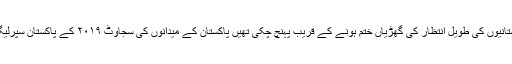
اسکے بعد بات نے اور آگے بڑھنا تھا پاکستانیوں کی طویل انتظار کی گھڑیاں ختم ہونے کے قریب پہنچ چکی تھیں پاکستان کے میدانوں کی سجاوٹ ۲۰۱۹ کے پاکستان سپرلیگ کیلئے بھرپور طور پر سجنے لگی تھیں۔